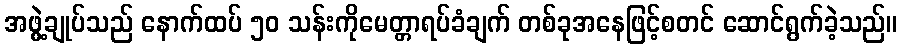
အဖွဲ့ချုပ်သည် နောက်ထပ် ၅၀ သန်းကိုမေတ္တာရပ်ခံချက် တစ်ခုအနေဖြင့်စတင် ဆောင်ရွက်ခဲ့သည်။